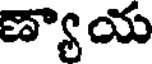
ణ్యాయ